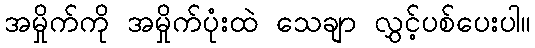
အမှိုက်ကို အမှိုက်ပုံးထဲ သေချာ လွှင့်ပစ်ပေးပါ။